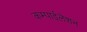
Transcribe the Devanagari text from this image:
कम्पाईलेशन